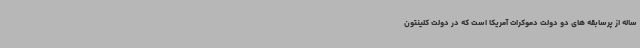
ساله از پرسابقه های دو دولت دموکرات آمریکا است که در دولت کلینتون